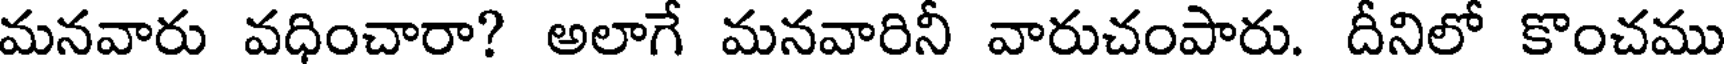
మనవారు వధించారా? అలాగే మనవారినీ వారుచంపారు. దీనిలో కొంచము